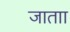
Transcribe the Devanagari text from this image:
जाताा